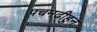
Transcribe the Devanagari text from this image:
पचमढीहुन